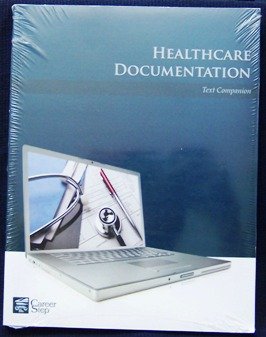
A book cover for Healthcare Documentation (Career Step: Medical Transcription Editor Program Companion); Medical Books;